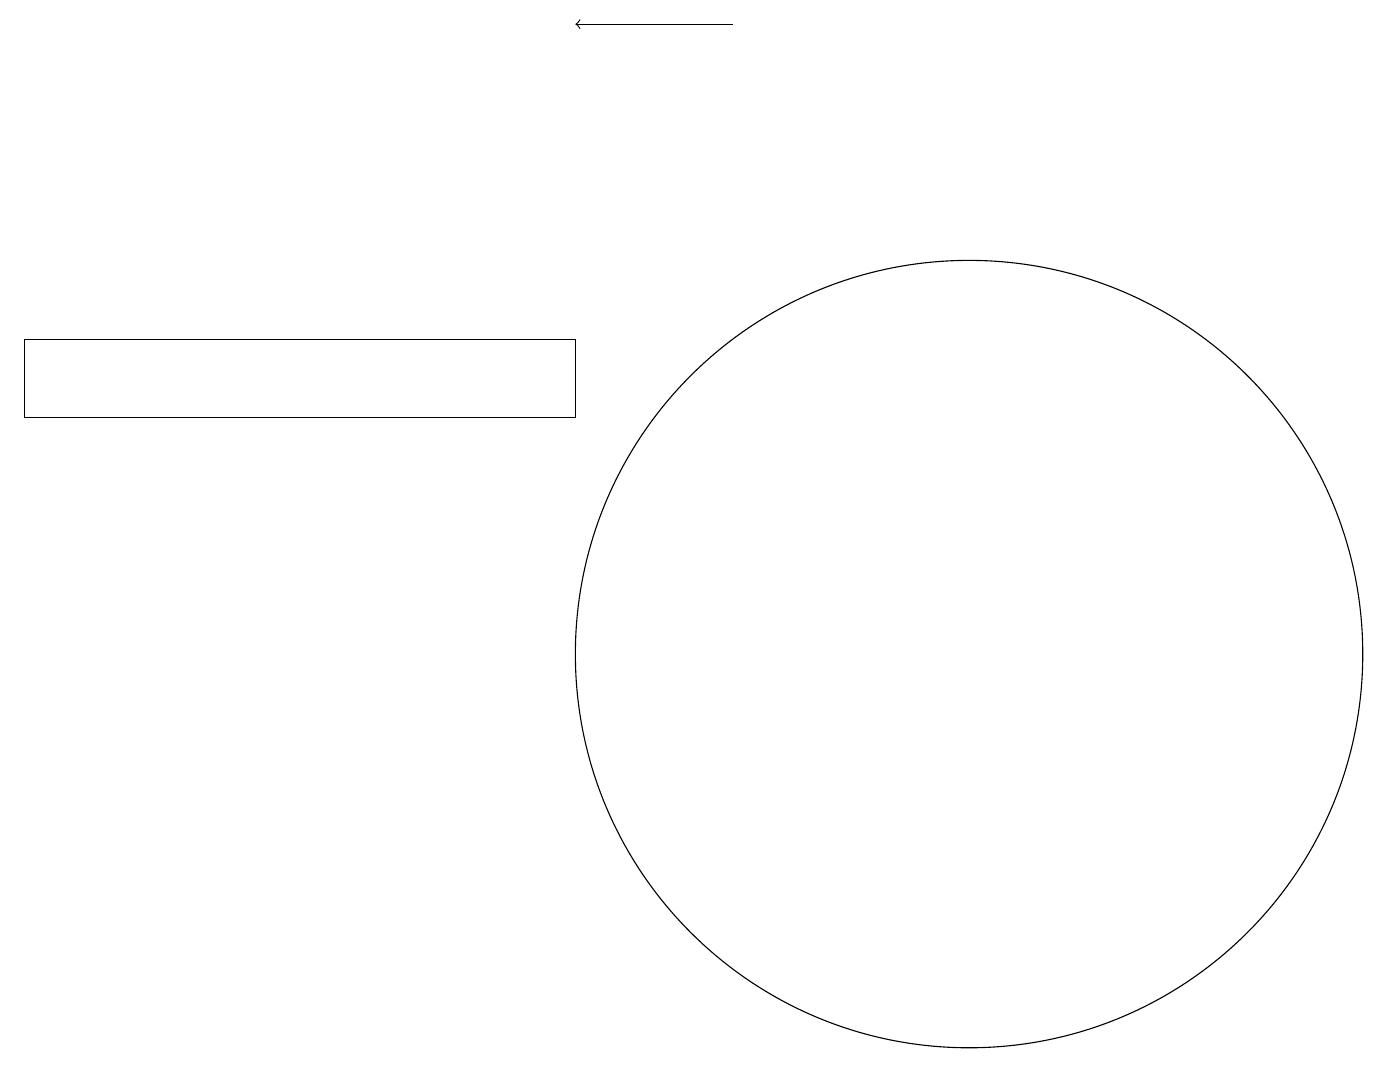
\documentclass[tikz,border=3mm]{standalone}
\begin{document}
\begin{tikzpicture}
\draw (7,14) rectangle (0,15);
\draw[->] (9,19) -- (7,19);
\draw (12,11) circle (5);
\draw (4,11) rectangle (4,11);
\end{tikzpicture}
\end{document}